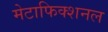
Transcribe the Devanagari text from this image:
मेटाफिक्शनल